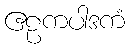
ဧဠကပါဒကံ